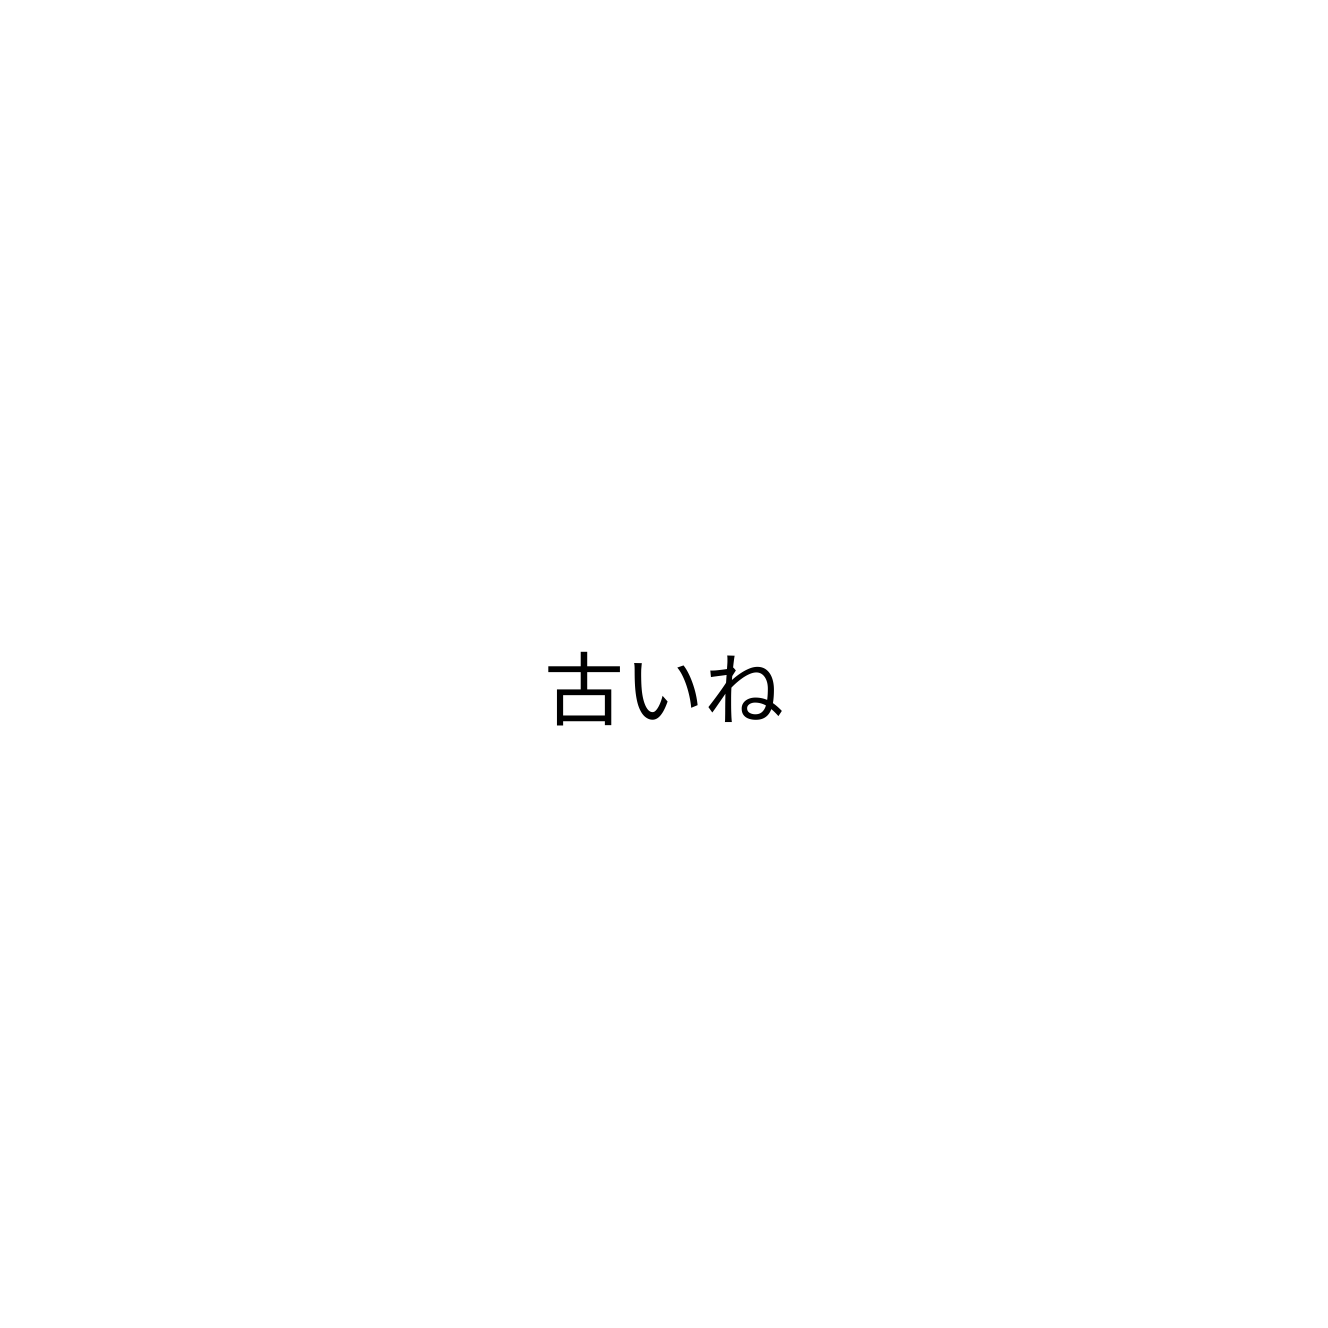
古いね